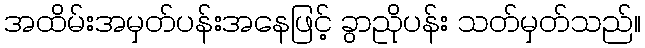
အထိမ်းအမှတ်ပန်းအနေဖြင့် ခွာညိုပန်း သတ်မှတ်သည်။